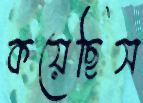
কয়েছিস